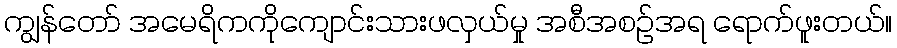
ကျွန်တော် အမေရိကကိုကျောင်းသားဖလှယ်မှု အစီအစဉ်အရ ရောက်ဖူးတယ်။